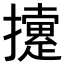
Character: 𢷐